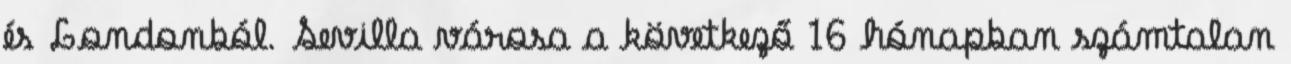
és Londonból. Sevilla városa a következő 16 hónapban számtalan